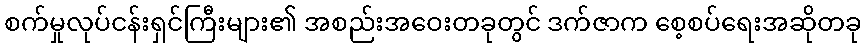
စက်မှုလုပ်ငန်းရှင်ကြီးများ၏ အစည်းအဝေးတခုတွင် ဒက်ဇာက စေ့စပ်ရေးအဆိုတခု